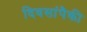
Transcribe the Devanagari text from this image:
दिवसांंपैकी